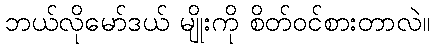
ဘယ်လိုမော်ဒယ် မျိုးကို စိတ်ဝင်စားတာလဲ။